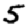
Digit: 5